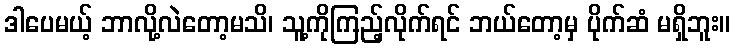
ဒါပေမယ့် ဘာလို့လဲတော့မသိ၊ သူ့ကိုကြည့်လိုက်ရင် ဘယ်တော့မှ ပိုက်ဆံ မရှိဘူး။